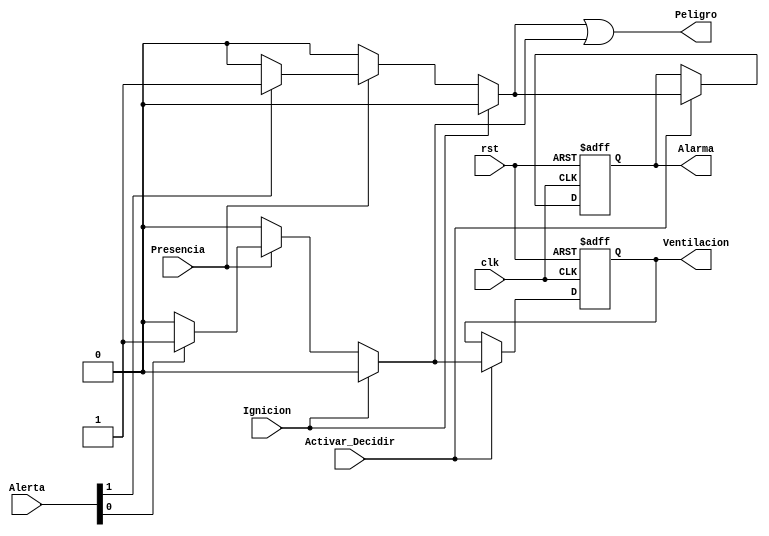
`timescale 1ns / 1ps
//////////////////////////////////////////////////////////////////////////////////
// Company: Tecnolgico de Costa Rica
// 
// Design Name: 
// Module Name:    LogicaDeActivacion 
// Project Name: 
// Target Devices: 
// Tool versions: 
// Description: 
/*
	Este mdulo consiste en una lgica combinacional del cual se describe a partir de
	la siguente tabla de verdad:
	Ignicion		Presencia		AlertaFuerte		AlertaDebil	|| Alarma		Ventilacion
	0			0			X			X		|| 0			0
	0			1			0			0		|| 0			0
	0			1			0			1		|| 1			0
	0			1			1			X		|| 1			1
	1			X			X			X		|| 0			0
*/
// Dependencies: 
//
// Revision: 
// Revision 0.01 - File Created
// Additional Comments: 
//
//////////////////////////////////////////////////////////////////////////////////


module LogicaDeActivacion(
	input wire [1:0] Alerta, //Seal obtenida de la generacion de bandera de alerta 
	input wire rst,clk,	//Clock y reset
	input wire Presencia,	//Presencia sincronizada
	input wire Ignicion,	//Ignicion sincronizada
	input wire Activar_Decidir,	//Permite el registro de los valores logicos de las salidas
	output reg Alarma,		//Activa la alarma
	output reg Ventilacion,		//Activa el sistema de ventilacin
	output wire Peligro    		//Seal de control
);
//Seales auxiliares para cambiar de estado
wire alarma_siguiente,ventilacion_siguiente;

//Declaracin simblica de las salidas de activacin

localparam
	Encendido = 1'b1,
	Apagado = 1'b0;



//Descripcin del Proceso:
assign alarma_siguiente  = 	Ignicion 	? Apagado : //Apagar en caso de haber ignicin /
				~Presencia 	? Apagado : //Apagar si no hay presencia /	
				Alerta[1]	? Encendido : Apagado; //Encender si hay alerta debil /
	
assign ventilacion_siguiente = Ignicion	? Apagado : //Apagar en caso de haber ignicin /
				~Presencia	? Apagado : //Apagar si no hay presencia /
				Alerta[0]	? Encendido : Apagado; //Encender si hay alerta fuerte /

//Comportamiento
always@(posedge clk, posedge rst)
begin
	if(rst)
	begin
		Alarma <= Apagado;
		Ventilacion <= Apagado;
	end		
	else
	begin
		if(Activar_Decidir)
		begin 
			Alarma <= alarma_siguiente;
			Ventilacion <= ventilacion_siguiente;
		end
	end
end

//Asignacin de las Aviso de Peligro

assign Peligro = alarma_siguiente | ventilacion_siguiente; //Seal de Control

endmodule